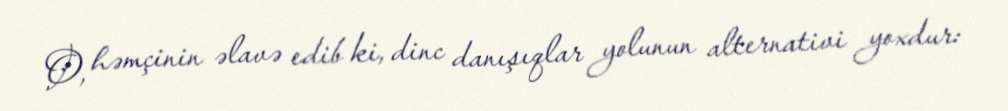
O, həmçinin əlavə edib ki, dinc danışıqlar yolunun alternativi yoxdur: